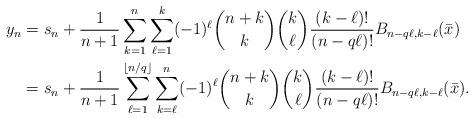
LaTeX: \begin{align*} y_n &= s_n + \frac{1}{n+1} \sum_{k=1}^{n} \sum_{\ell=1}^k (-1)^\ell \binom{n+k}{k}\binom{k}{\ell}\frac{(k-\ell)!}{(n-q\ell)!} B_{n-q\ell,k-\ell}(\bar x) \\ &=s_n + \frac{1}{n+1} \sum_{\ell=1}^{\lfloor n/q\rfloor} \sum_{k=\ell}^n (-1)^\ell \binom{n+k}{k}\binom{k}{\ell}\frac{(k-\ell)!}{(n-q\ell)!} B_{n-q\ell,k-\ell}(\bar x).\end{align*}